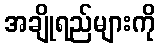
အချိုရည်များကို